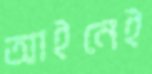
আইনেই